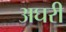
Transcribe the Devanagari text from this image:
अघरी